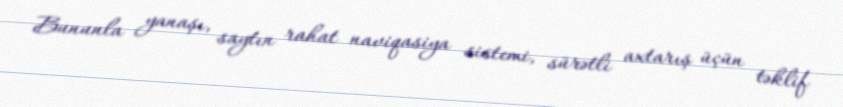
Bununla yanaşı, saytın rahat naviqasiya sistemi, sürətli axtarış üçün təklif